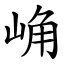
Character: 崅